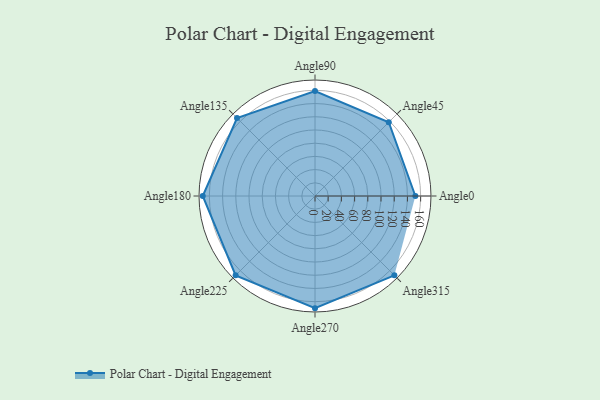
{"axis": {"x": "Angle", "y": "Radius"}, "legend": [""], "data": [{"x": "Angle0", "y": 152.0, "type": ""}, {"x": "Angle45", "y": 158.0, "type": ""}, {"x": "Angle90", "y": 159.0, "type": ""}, {"x": "Angle135", "y": 167.0, "type": ""}, {"x": "Angle180", "y": 170, "type": ""}, {"x": "Angle225", "y": 170, "type": ""}, {"x": "Angle270", "y": 170, "type": ""}, {"x": "Angle315", "y": 170, "type": ""}]}